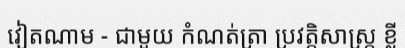
វៀតណាម - ជាមួយ កំណត់ត្រា ប្រវត្តិសាស្ត្រ ខ្លី